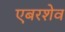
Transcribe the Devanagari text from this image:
एबरशेव